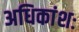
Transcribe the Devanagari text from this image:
अधिकांशः